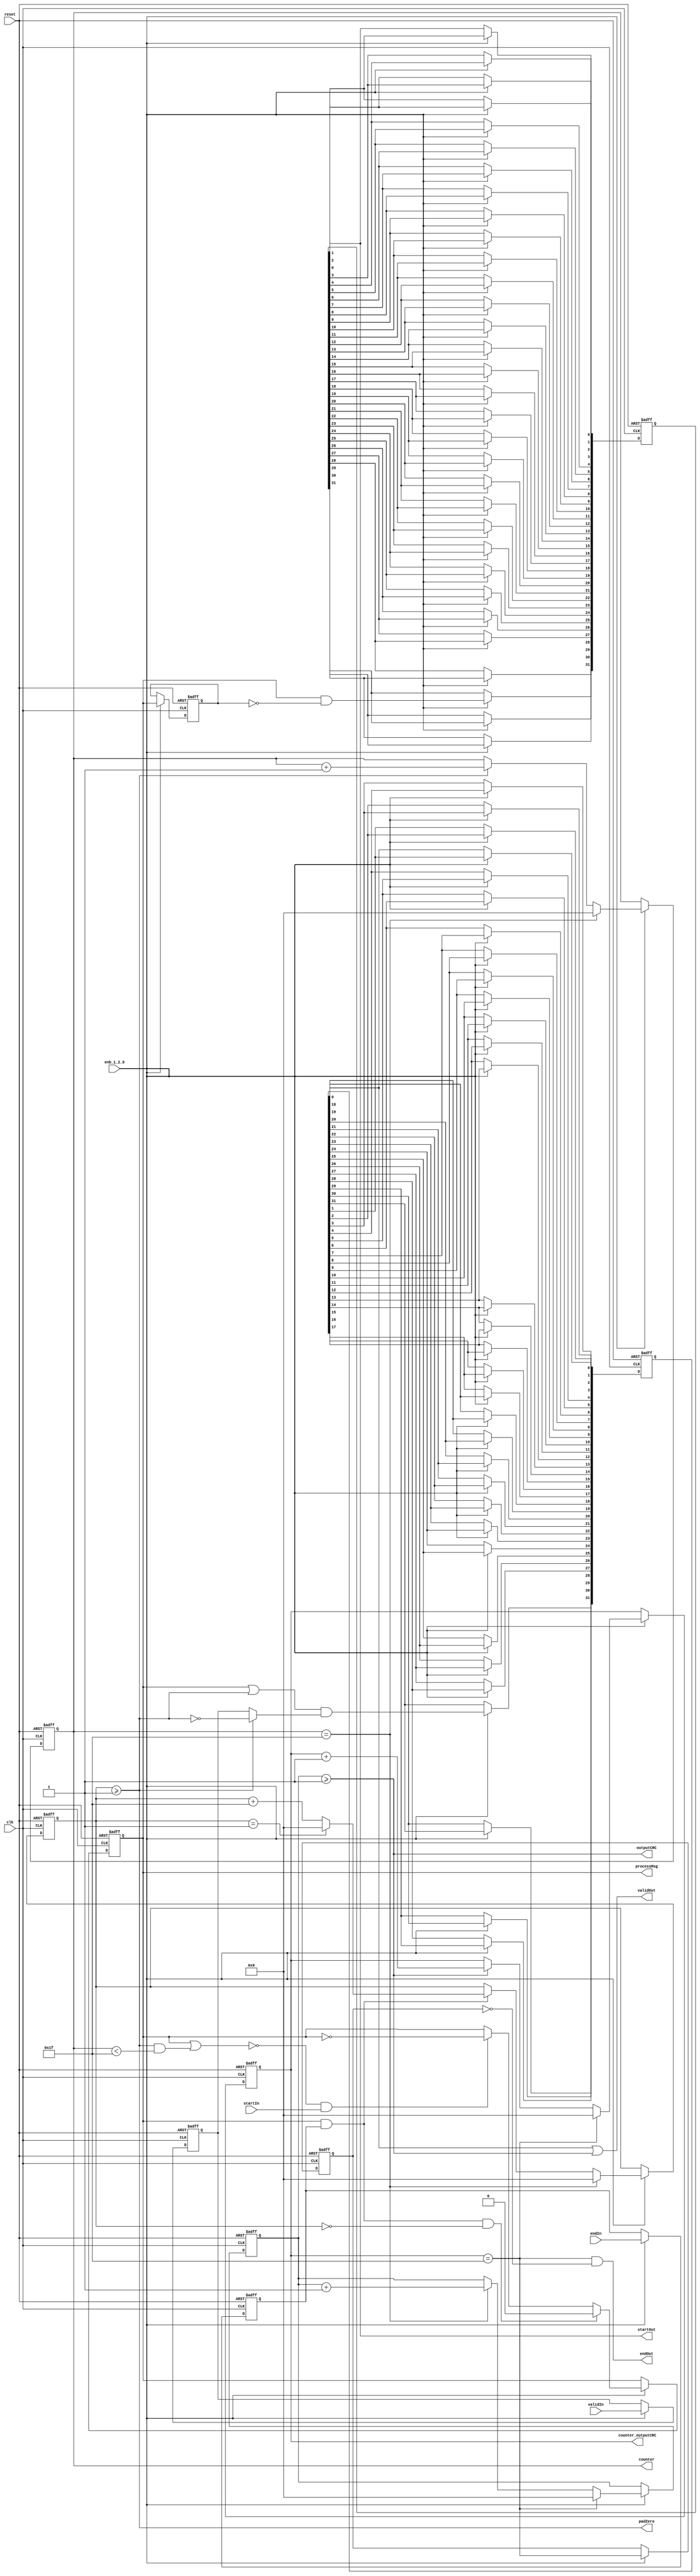
// -------------------------------------------------------------
// 
// 
// Generated by MATLAB 9.13 and HDL Coder 4.0
// 
// -------------------------------------------------------------


// -------------------------------------------------------------
// 
// Module: whdlOFDMTx_CRCGenControl
// Source Path: whdlOFDMTx/Frame Generator/Data/Data Chain/General CRC Generator HDL Optimized/CRCGenControl
// Hierarchy Level: 7
// 
// CRC Generator Control Signals Generation
// 
// -------------------------------------------------------------

`timescale 1 ns / 1 ns

module whdlOFDMTx_CRCGenControl
          (clk,
           reset,
           enb_1_2_0,
           startIn,
           endIn,
           validIn,
           startOut,
           processMsg,
           padZero,
           outputCRC,
           endOut,
           validOut,
           counter,
           counter_outputCRC);


  input   clk;
  input   reset;
  input   enb_1_2_0;
  input   startIn;  // ufix1
  input   endIn;  // ufix1
  input   validIn;  // ufix1
  output  startOut;  // ufix1
  output  processMsg;  // ufix1
  output  padZero;  // ufix1
  output  outputCRC;  // ufix1
  output  endOut;  // ufix1
  output  validOut;  // ufix1
  output  [4:0] counter;  // ufix5
  output  [4:0] counter_outputCRC;  // ufix5


  reg  deofin;  // ufix1
  reg [4:0] cnt3out;  // ufix5
  wire processzero_short;  // ufix1
  wire cnt3enb;  // ufix1
  wire tsysenb_short;  // ufix1
  wire tprocessMsg;  // ufix1
  wire sysenb_short;  // ufix1
  wire ready;  // ufix1
  wire cnt1enb;  // ufix1
  reg [4:0] cnt2out;  // ufix5
  wire cnt2rst;  // ufix1
  wire cnt2enb;  // ufix1
  wire compare_cmpOut;
  wire [4:0] cnt2fstout;  // ufix5
  wire cnt2fstout_is_not0;
  wire cnt1rst;  // ufix1
  reg  cnt1out;  // ufix1
  reg  dtprocessMsg;  // ufix1
  wire rdtprocessMsg;  // ufix1
  wire startout_1;  // ufix1
  reg  [0:31] sof_delay_register_reg;  // ufix1 [32]
  wire [0:31] sof_delay_register_reg_next;  // ufix1 [32]
  wire processzero;  // ufix1
  wire tpadZero;  // ufix1
  wire cnt4rst;  // ufix1
  wire cnt5enb;  // ufix1
  reg [4:0] cnt5out;  // ufix5
  reg [4:0] cnt4out;  // ufix5
  reg  dteofout;  // ufix1
  wire rdteofout;  // ufix1
  wire sysenb;  // ufix1
  reg  udvalidin;  // ufix1
  wire rcnt3enb;  // ufix1
  wire clearvalidin;  // ufix1
  wire tvalidout;  // ufix1
  reg  [0:31] tvalidout_delay_register_reg;  // ufix1 [32]
  wire [0:31] tvalidout_delay_register_reg_next;  // ufix1 [32]
  wire dvalidout;  // ufix1


  always @(posedge clk or posedge reset)
    begin : eofin_delay_register_process
      if (reset == 1'b1) begin
        deofin <= 1'b0;
      end
      else begin
        if (enb_1_2_0) begin
          deofin <= endIn;
        end
      end
    end



  assign processzero_short = cnt3out < 5'b11111;



  assign tsysenb_short = cnt3enb & processzero_short;



  assign sysenb_short = tprocessMsg | tsysenb_short;



  assign ready =  ~ sysenb_short;



  assign cnt1enb = ready & startIn;



  // Counter 3 enable signal
  assign cnt3enb = cnt2out >= 5'b00001;



  // Count limited, Unsigned Counter
  //  initial value   = 0
  //  step value      = 1
  //  count to value  = 31
  // Counter3: counts when start to pad zeros
  always @(posedge clk or posedge reset)
    begin : counter_1_process
      if (reset == 1'b1) begin
        cnt3out <= 5'b00000;
      end
      else begin
        if (enb_1_2_0) begin
          if (cnt2rst == 1'b1) begin
            cnt3out <= 5'b00000;
          end
          else if (cnt3enb == 1'b1) begin
            cnt3out <= cnt3out + 5'b00001;
          end
        end
      end
    end



  assign cnt2rst = cnt3out == 5'b11111;



  // Count limited, Unsigned Counter
  //  initial value   = 0
  //  step value      = 31
  //  count to value  = 1
  // Counter2: triggered by End of frame signal
  always @(posedge clk or posedge reset)
    begin : counter_2_process
      if (reset == 1'b1) begin
        cnt2out <= 5'b00000;
      end
      else begin
        if (enb_1_2_0) begin
          if (cnt2rst == 1'b1) begin
            cnt2out <= 5'b00000;
          end
          else if (cnt2enb == 1'b1) begin
            if (cnt2out == 5'b00001) begin
              cnt2out <= 5'b00000;
            end
            else begin
              cnt2out <= cnt2out + 5'b11111;
            end
          end
        end
      end
    end



  assign compare_cmpOut = cnt2out == 5'b00000;



  assign cnt2fstout = {4'b0, compare_cmpOut};



  assign cnt2fstout_is_not0 = cnt2fstout != 5'b00000;



  // Counter 2 enable signal
  assign cnt2enb = tprocessMsg & deofin;



  assign cnt1rst = cnt2enb & cnt2fstout_is_not0;



  // Count limited, Unsigned Counter
  //  initial value   = 0
  //  step value      = 1
  //  count to value  = 1
  // Counter1: triggered by Start of frame signal
  always @(posedge clk or posedge reset)
    begin : counter_3_process
      if (reset == 1'b1) begin
        cnt1out <= 1'b0;
      end
      else begin
        if (enb_1_2_0) begin
          if (cnt1rst == 1'b1) begin
            cnt1out <= 1'b0;
          end
          else if (cnt1enb == 1'b1) begin
            cnt1out <=  ~ cnt1out;
          end
        end
      end
    end



  assign tprocessMsg = cnt1out == 1'b1;



  always @(posedge clk or posedge reset)
    begin : tprocessMsg_delay_register_process
      if (reset == 1'b1) begin
        dtprocessMsg <= 1'b0;
      end
      else begin
        if (enb_1_2_0) begin
          dtprocessMsg <= tprocessMsg;
        end
      end
    end



  assign rdtprocessMsg =  ~ dtprocessMsg;



  assign startout_1 = tprocessMsg & rdtprocessMsg;



  // Start of frame output signal
  always @(posedge clk or posedge reset)
    begin : sof_delay_register_process
      if (reset == 1'b1) begin
        sof_delay_register_reg[0] <= 1'b0;
        sof_delay_register_reg[1] <= 1'b0;
        sof_delay_register_reg[2] <= 1'b0;
        sof_delay_register_reg[3] <= 1'b0;
        sof_delay_register_reg[4] <= 1'b0;
        sof_delay_register_reg[5] <= 1'b0;
        sof_delay_register_reg[6] <= 1'b0;
        sof_delay_register_reg[7] <= 1'b0;
        sof_delay_register_reg[8] <= 1'b0;
        sof_delay_register_reg[9] <= 1'b0;
        sof_delay_register_reg[10] <= 1'b0;
        sof_delay_register_reg[11] <= 1'b0;
        sof_delay_register_reg[12] <= 1'b0;
        sof_delay_register_reg[13] <= 1'b0;
        sof_delay_register_reg[14] <= 1'b0;
        sof_delay_register_reg[15] <= 1'b0;
        sof_delay_register_reg[16] <= 1'b0;
        sof_delay_register_reg[17] <= 1'b0;
        sof_delay_register_reg[18] <= 1'b0;
        sof_delay_register_reg[19] <= 1'b0;
        sof_delay_register_reg[20] <= 1'b0;
        sof_delay_register_reg[21] <= 1'b0;
        sof_delay_register_reg[22] <= 1'b0;
        sof_delay_register_reg[23] <= 1'b0;
        sof_delay_register_reg[24] <= 1'b0;
        sof_delay_register_reg[25] <= 1'b0;
        sof_delay_register_reg[26] <= 1'b0;
        sof_delay_register_reg[27] <= 1'b0;
        sof_delay_register_reg[28] <= 1'b0;
        sof_delay_register_reg[29] <= 1'b0;
        sof_delay_register_reg[30] <= 1'b0;
        sof_delay_register_reg[31] <= 1'b0;
      end
      else begin
        if (enb_1_2_0) begin
          sof_delay_register_reg[0] <= sof_delay_register_reg_next[0];
          sof_delay_register_reg[1] <= sof_delay_register_reg_next[1];
          sof_delay_register_reg[2] <= sof_delay_register_reg_next[2];
          sof_delay_register_reg[3] <= sof_delay_register_reg_next[3];
          sof_delay_register_reg[4] <= sof_delay_register_reg_next[4];
          sof_delay_register_reg[5] <= sof_delay_register_reg_next[5];
          sof_delay_register_reg[6] <= sof_delay_register_reg_next[6];
          sof_delay_register_reg[7] <= sof_delay_register_reg_next[7];
          sof_delay_register_reg[8] <= sof_delay_register_reg_next[8];
          sof_delay_register_reg[9] <= sof_delay_register_reg_next[9];
          sof_delay_register_reg[10] <= sof_delay_register_reg_next[10];
          sof_delay_register_reg[11] <= sof_delay_register_reg_next[11];
          sof_delay_register_reg[12] <= sof_delay_register_reg_next[12];
          sof_delay_register_reg[13] <= sof_delay_register_reg_next[13];
          sof_delay_register_reg[14] <= sof_delay_register_reg_next[14];
          sof_delay_register_reg[15] <= sof_delay_register_reg_next[15];
          sof_delay_register_reg[16] <= sof_delay_register_reg_next[16];
          sof_delay_register_reg[17] <= sof_delay_register_reg_next[17];
          sof_delay_register_reg[18] <= sof_delay_register_reg_next[18];
          sof_delay_register_reg[19] <= sof_delay_register_reg_next[19];
          sof_delay_register_reg[20] <= sof_delay_register_reg_next[20];
          sof_delay_register_reg[21] <= sof_delay_register_reg_next[21];
          sof_delay_register_reg[22] <= sof_delay_register_reg_next[22];
          sof_delay_register_reg[23] <= sof_delay_register_reg_next[23];
          sof_delay_register_reg[24] <= sof_delay_register_reg_next[24];
          sof_delay_register_reg[25] <= sof_delay_register_reg_next[25];
          sof_delay_register_reg[26] <= sof_delay_register_reg_next[26];
          sof_delay_register_reg[27] <= sof_delay_register_reg_next[27];
          sof_delay_register_reg[28] <= sof_delay_register_reg_next[28];
          sof_delay_register_reg[29] <= sof_delay_register_reg_next[29];
          sof_delay_register_reg[30] <= sof_delay_register_reg_next[30];
          sof_delay_register_reg[31] <= sof_delay_register_reg_next[31];
        end
      end
    end

  assign startOut = sof_delay_register_reg[31];
  assign sof_delay_register_reg_next[0] = startout_1;
  assign sof_delay_register_reg_next[1] = sof_delay_register_reg[0];
  assign sof_delay_register_reg_next[2] = sof_delay_register_reg[1];
  assign sof_delay_register_reg_next[3] = sof_delay_register_reg[2];
  assign sof_delay_register_reg_next[4] = sof_delay_register_reg[3];
  assign sof_delay_register_reg_next[5] = sof_delay_register_reg[4];
  assign sof_delay_register_reg_next[6] = sof_delay_register_reg[5];
  assign sof_delay_register_reg_next[7] = sof_delay_register_reg[6];
  assign sof_delay_register_reg_next[8] = sof_delay_register_reg[7];
  assign sof_delay_register_reg_next[9] = sof_delay_register_reg[8];
  assign sof_delay_register_reg_next[10] = sof_delay_register_reg[9];
  assign sof_delay_register_reg_next[11] = sof_delay_register_reg[10];
  assign sof_delay_register_reg_next[12] = sof_delay_register_reg[11];
  assign sof_delay_register_reg_next[13] = sof_delay_register_reg[12];
  assign sof_delay_register_reg_next[14] = sof_delay_register_reg[13];
  assign sof_delay_register_reg_next[15] = sof_delay_register_reg[14];
  assign sof_delay_register_reg_next[16] = sof_delay_register_reg[15];
  assign sof_delay_register_reg_next[17] = sof_delay_register_reg[16];
  assign sof_delay_register_reg_next[18] = sof_delay_register_reg[17];
  assign sof_delay_register_reg_next[19] = sof_delay_register_reg[18];
  assign sof_delay_register_reg_next[20] = sof_delay_register_reg[19];
  assign sof_delay_register_reg_next[21] = sof_delay_register_reg[20];
  assign sof_delay_register_reg_next[22] = sof_delay_register_reg[21];
  assign sof_delay_register_reg_next[23] = sof_delay_register_reg[22];
  assign sof_delay_register_reg_next[24] = sof_delay_register_reg[23];
  assign sof_delay_register_reg_next[25] = sof_delay_register_reg[24];
  assign sof_delay_register_reg_next[26] = sof_delay_register_reg[25];
  assign sof_delay_register_reg_next[27] = sof_delay_register_reg[26];
  assign sof_delay_register_reg_next[28] = sof_delay_register_reg[27];
  assign sof_delay_register_reg_next[29] = sof_delay_register_reg[28];
  assign sof_delay_register_reg_next[30] = sof_delay_register_reg[29];
  assign sof_delay_register_reg_next[31] = sof_delay_register_reg[30];



  // processMsg
  assign processMsg = tprocessMsg;



  assign processzero = 1'b1;



  assign tpadZero = cnt3enb & processzero;



  // padZero
  assign padZero = tpadZero;



  // Count limited, Unsigned Counter
  //  initial value   = 0
  //  step value      = 1
  //  count to value  = 31
  // Counter5: counts when start to output CRC
  always @(posedge clk or posedge reset)
    begin : counter_4_process
      if (reset == 1'b1) begin
        cnt5out <= 5'b00000;
      end
      else begin
        if (enb_1_2_0) begin
          if (cnt4rst == 1'b1) begin
            cnt5out <= 5'b00000;
          end
          else if (cnt5enb == 1'b1) begin
            cnt5out <= cnt5out + 5'b00001;
          end
        end
      end
    end



  assign cnt4rst = cnt5out == 5'b11111;



  // Count limited, Unsigned Counter
  //  initial value   = 0
  //  step value      = 1
  //  count to value  = 31
  // Counter4: triggered after processing all the padded zeros
  always @(posedge clk or posedge reset)
    begin : counter_5_process
      if (reset == 1'b1) begin
        cnt4out <= 5'b00000;
      end
      else begin
        if (enb_1_2_0) begin
          if (cnt4rst == 1'b1) begin
            cnt4out <= 5'b00000;
          end
          else if (cnt2rst == 1'b1) begin
            cnt4out <= cnt4out + 5'b00001;
          end
        end
      end
    end



  // Counter 5 enable signal
  assign cnt5enb = cnt4out >= 5'b00001;



  // outputCRC
  assign outputCRC = cnt5enb;



  always @(posedge clk or posedge reset)
    begin : eofout_delay_register_process
      if (reset == 1'b1) begin
        dteofout <= 1'b0;
      end
      else begin
        if (enb_1_2_0) begin
          dteofout <= cnt4rst;
        end
      end
    end



  assign rdteofout =  ~ dteofout;



  // End of frame output signal
  assign endOut = cnt4rst & rdteofout;



  assign sysenb = tprocessMsg | tpadZero;



  always @(posedge clk or posedge reset)
    begin : validin_unitdelay_register_process
      if (reset == 1'b1) begin
        udvalidin <= 1'b0;
      end
      else begin
        if (enb_1_2_0) begin
          udvalidin <= validIn;
        end
      end
    end



  assign rcnt3enb =  ~ cnt3enb;



  assign clearvalidin = (cnt3enb == 1'b0 ? udvalidin :
              rcnt3enb);



  assign tvalidout = sysenb & clearvalidin;



  // Buffer the validIn signal
  always @(posedge clk or posedge reset)
    begin : tvalidout_delay_register_process
      if (reset == 1'b1) begin
        tvalidout_delay_register_reg[0] <= 1'b0;
        tvalidout_delay_register_reg[1] <= 1'b0;
        tvalidout_delay_register_reg[2] <= 1'b0;
        tvalidout_delay_register_reg[3] <= 1'b0;
        tvalidout_delay_register_reg[4] <= 1'b0;
        tvalidout_delay_register_reg[5] <= 1'b0;
        tvalidout_delay_register_reg[6] <= 1'b0;
        tvalidout_delay_register_reg[7] <= 1'b0;
        tvalidout_delay_register_reg[8] <= 1'b0;
        tvalidout_delay_register_reg[9] <= 1'b0;
        tvalidout_delay_register_reg[10] <= 1'b0;
        tvalidout_delay_register_reg[11] <= 1'b0;
        tvalidout_delay_register_reg[12] <= 1'b0;
        tvalidout_delay_register_reg[13] <= 1'b0;
        tvalidout_delay_register_reg[14] <= 1'b0;
        tvalidout_delay_register_reg[15] <= 1'b0;
        tvalidout_delay_register_reg[16] <= 1'b0;
        tvalidout_delay_register_reg[17] <= 1'b0;
        tvalidout_delay_register_reg[18] <= 1'b0;
        tvalidout_delay_register_reg[19] <= 1'b0;
        tvalidout_delay_register_reg[20] <= 1'b0;
        tvalidout_delay_register_reg[21] <= 1'b0;
        tvalidout_delay_register_reg[22] <= 1'b0;
        tvalidout_delay_register_reg[23] <= 1'b0;
        tvalidout_delay_register_reg[24] <= 1'b0;
        tvalidout_delay_register_reg[25] <= 1'b0;
        tvalidout_delay_register_reg[26] <= 1'b0;
        tvalidout_delay_register_reg[27] <= 1'b0;
        tvalidout_delay_register_reg[28] <= 1'b0;
        tvalidout_delay_register_reg[29] <= 1'b0;
        tvalidout_delay_register_reg[30] <= 1'b0;
        tvalidout_delay_register_reg[31] <= 1'b0;
      end
      else begin
        if (enb_1_2_0) begin
          tvalidout_delay_register_reg[0] <= tvalidout_delay_register_reg_next[0];
          tvalidout_delay_register_reg[1] <= tvalidout_delay_register_reg_next[1];
          tvalidout_delay_register_reg[2] <= tvalidout_delay_register_reg_next[2];
          tvalidout_delay_register_reg[3] <= tvalidout_delay_register_reg_next[3];
          tvalidout_delay_register_reg[4] <= tvalidout_delay_register_reg_next[4];
          tvalidout_delay_register_reg[5] <= tvalidout_delay_register_reg_next[5];
          tvalidout_delay_register_reg[6] <= tvalidout_delay_register_reg_next[6];
          tvalidout_delay_register_reg[7] <= tvalidout_delay_register_reg_next[7];
          tvalidout_delay_register_reg[8] <= tvalidout_delay_register_reg_next[8];
          tvalidout_delay_register_reg[9] <= tvalidout_delay_register_reg_next[9];
          tvalidout_delay_register_reg[10] <= tvalidout_delay_register_reg_next[10];
          tvalidout_delay_register_reg[11] <= tvalidout_delay_register_reg_next[11];
          tvalidout_delay_register_reg[12] <= tvalidout_delay_register_reg_next[12];
          tvalidout_delay_register_reg[13] <= tvalidout_delay_register_reg_next[13];
          tvalidout_delay_register_reg[14] <= tvalidout_delay_register_reg_next[14];
          tvalidout_delay_register_reg[15] <= tvalidout_delay_register_reg_next[15];
          tvalidout_delay_register_reg[16] <= tvalidout_delay_register_reg_next[16];
          tvalidout_delay_register_reg[17] <= tvalidout_delay_register_reg_next[17];
          tvalidout_delay_register_reg[18] <= tvalidout_delay_register_reg_next[18];
          tvalidout_delay_register_reg[19] <= tvalidout_delay_register_reg_next[19];
          tvalidout_delay_register_reg[20] <= tvalidout_delay_register_reg_next[20];
          tvalidout_delay_register_reg[21] <= tvalidout_delay_register_reg_next[21];
          tvalidout_delay_register_reg[22] <= tvalidout_delay_register_reg_next[22];
          tvalidout_delay_register_reg[23] <= tvalidout_delay_register_reg_next[23];
          tvalidout_delay_register_reg[24] <= tvalidout_delay_register_reg_next[24];
          tvalidout_delay_register_reg[25] <= tvalidout_delay_register_reg_next[25];
          tvalidout_delay_register_reg[26] <= tvalidout_delay_register_reg_next[26];
          tvalidout_delay_register_reg[27] <= tvalidout_delay_register_reg_next[27];
          tvalidout_delay_register_reg[28] <= tvalidout_delay_register_reg_next[28];
          tvalidout_delay_register_reg[29] <= tvalidout_delay_register_reg_next[29];
          tvalidout_delay_register_reg[30] <= tvalidout_delay_register_reg_next[30];
          tvalidout_delay_register_reg[31] <= tvalidout_delay_register_reg_next[31];
        end
      end
    end

  assign dvalidout = tvalidout_delay_register_reg[31];
  assign tvalidout_delay_register_reg_next[0] = tvalidout;
  assign tvalidout_delay_register_reg_next[1] = tvalidout_delay_register_reg[0];
  assign tvalidout_delay_register_reg_next[2] = tvalidout_delay_register_reg[1];
  assign tvalidout_delay_register_reg_next[3] = tvalidout_delay_register_reg[2];
  assign tvalidout_delay_register_reg_next[4] = tvalidout_delay_register_reg[3];
  assign tvalidout_delay_register_reg_next[5] = tvalidout_delay_register_reg[4];
  assign tvalidout_delay_register_reg_next[6] = tvalidout_delay_register_reg[5];
  assign tvalidout_delay_register_reg_next[7] = tvalidout_delay_register_reg[6];
  assign tvalidout_delay_register_reg_next[8] = tvalidout_delay_register_reg[7];
  assign tvalidout_delay_register_reg_next[9] = tvalidout_delay_register_reg[8];
  assign tvalidout_delay_register_reg_next[10] = tvalidout_delay_register_reg[9];
  assign tvalidout_delay_register_reg_next[11] = tvalidout_delay_register_reg[10];
  assign tvalidout_delay_register_reg_next[12] = tvalidout_delay_register_reg[11];
  assign tvalidout_delay_register_reg_next[13] = tvalidout_delay_register_reg[12];
  assign tvalidout_delay_register_reg_next[14] = tvalidout_delay_register_reg[13];
  assign tvalidout_delay_register_reg_next[15] = tvalidout_delay_register_reg[14];
  assign tvalidout_delay_register_reg_next[16] = tvalidout_delay_register_reg[15];
  assign tvalidout_delay_register_reg_next[17] = tvalidout_delay_register_reg[16];
  assign tvalidout_delay_register_reg_next[18] = tvalidout_delay_register_reg[17];
  assign tvalidout_delay_register_reg_next[19] = tvalidout_delay_register_reg[18];
  assign tvalidout_delay_register_reg_next[20] = tvalidout_delay_register_reg[19];
  assign tvalidout_delay_register_reg_next[21] = tvalidout_delay_register_reg[20];
  assign tvalidout_delay_register_reg_next[22] = tvalidout_delay_register_reg[21];
  assign tvalidout_delay_register_reg_next[23] = tvalidout_delay_register_reg[22];
  assign tvalidout_delay_register_reg_next[24] = tvalidout_delay_register_reg[23];
  assign tvalidout_delay_register_reg_next[25] = tvalidout_delay_register_reg[24];
  assign tvalidout_delay_register_reg_next[26] = tvalidout_delay_register_reg[25];
  assign tvalidout_delay_register_reg_next[27] = tvalidout_delay_register_reg[26];
  assign tvalidout_delay_register_reg_next[28] = tvalidout_delay_register_reg[27];
  assign tvalidout_delay_register_reg_next[29] = tvalidout_delay_register_reg[28];
  assign tvalidout_delay_register_reg_next[30] = tvalidout_delay_register_reg[29];
  assign tvalidout_delay_register_reg_next[31] = tvalidout_delay_register_reg[30];



  // Data valid output
  assign validOut = dvalidout | cnt5enb;



  assign counter = cnt3out;

  assign counter_outputCRC = cnt5out;

endmodule  // whdlOFDMTx_CRCGenControl